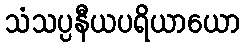
သံသပ္ပနီယပရိယာယော